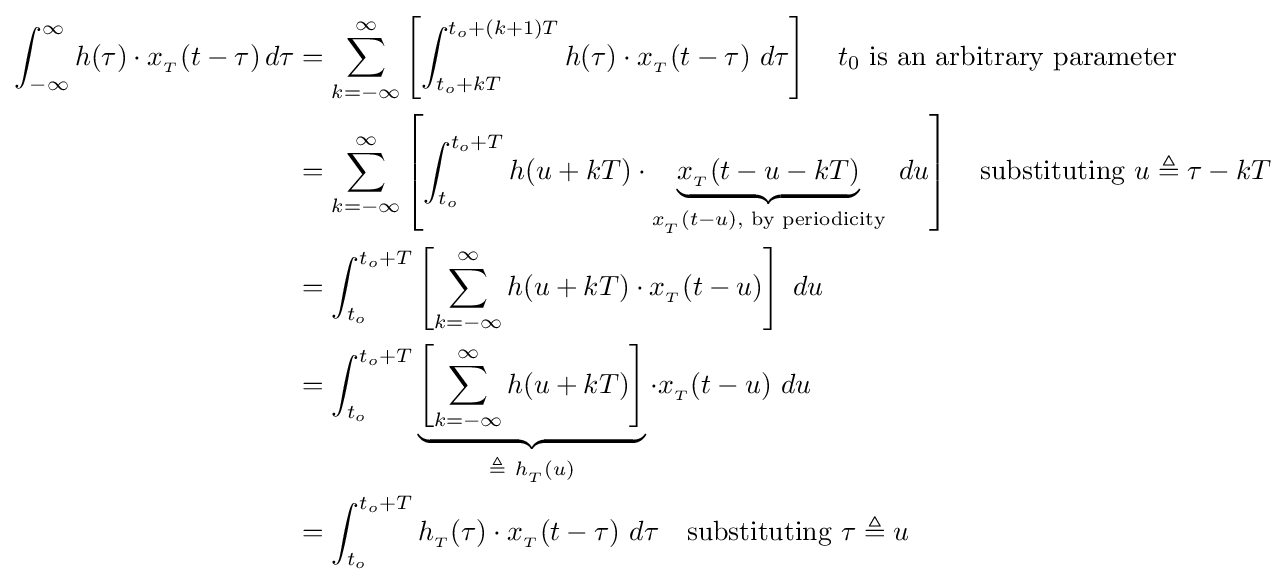
{\begin{aligned}\int _{-\infty }^{\infty }h(\tau )\cdot x_{_{T}}(t-\tau )\,d\tau &=\sum _{k=-\infty }^{\infty }\left[\int _{t_{o}+kT}^{t_{o}+(k+1)T}h(\tau )\cdot x_{_{T}}(t-\tau )\ d\tau \right]\quad t_{0}{\text{ is an arbitrary parameter}}\\&=\sum _{k=-\infty }^{\infty }\left[\int _{t_{o}}^{t_{o}+T}h(u+kT)\cdot \underbrace {x_{_{T}}(t-u-kT)} _{x_{_{T}}(t-u),{\text{ by periodicity}}}\ du\right]\quad {\text{substituting }}u\triangleq \tau -kT\\&=\int _{t_{o}}^{t_{o}+T}\left[\sum _{k=-\infty }^{\infty }h(u+kT)\cdot x_{_{T}}(t-u)\right]\ du\\&=\int _{t_{o}}^{t_{o}+T}\underbrace {\left[\sum _{k=-\infty }^{\infty }h(u+kT)\right]} _{\triangleq \ h_{_{T}}(u)}\cdot x_{_{T}}(t-u)\ du\\&=\int _{t_{o}}^{t_{o}+T}h_{_{T}}(\tau )\cdot x_{_{T}}(t-\tau )\ d\tau \quad {\text{substituting }}\tau \triangleq u\end{aligned}}